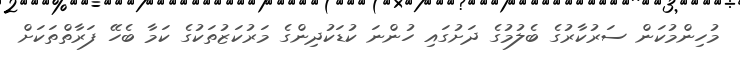
މުހިންމުކަން ސަރުކާރުގެ ބެލުމުގެ ދަށުގައި ހުންނަ ކުޑަކުދިންގެ މަރުކަޒުތަކުގެ ކަމާ ބެހޭ ފަރާތްތަކަށް